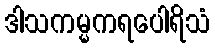
ဒါသကမ္မကရပေါရိသံ